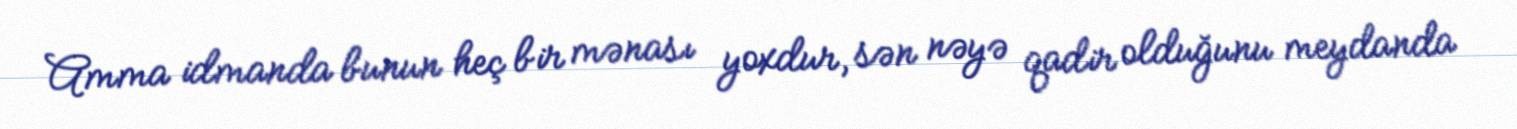
Amma idmanda bunun heç bir mənası yoxdur, sən nəyə qadir olduğunu meydanda